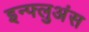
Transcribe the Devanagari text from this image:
इन्फ्लुअंस